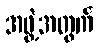
အဖွဲ့အတွက်